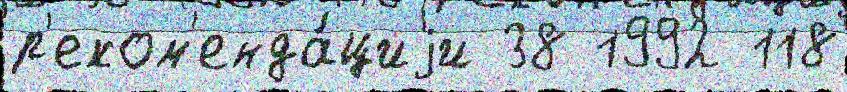
р'еком'енда́циjи 38 1992 118